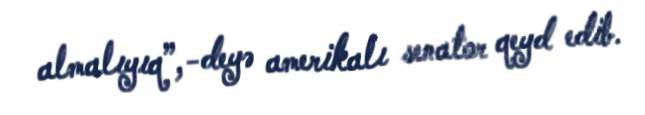
almalıyıq”,-deyə amerikalı senator qeyd edib.